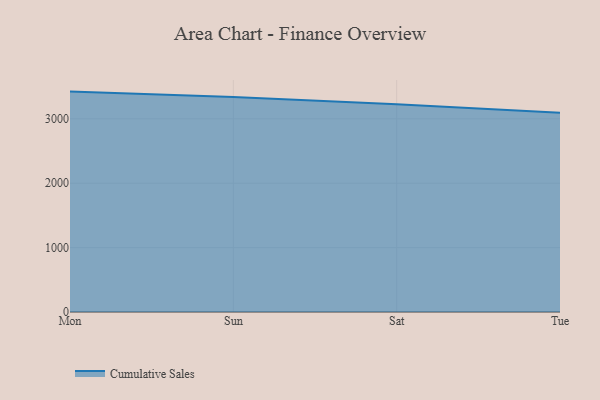
{"axis": {"x": "Day", "y": "Shipments"}, "legend": ["Cumulative Sales"], "data": [{"x": "Mon", "y": 3423.0, "type": "Cumulative Sales"}, {"x": "Sun", "y": 3340.9, "type": "Cumulative Sales"}, {"x": "Sat", "y": 3225.5, "type": "Cumulative Sales"}, {"x": "Tue", "y": 3094.5, "type": "Cumulative Sales"}]}